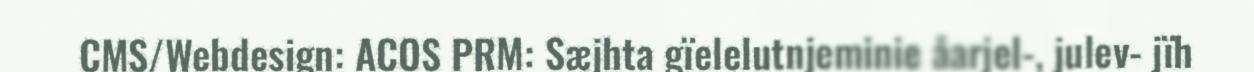
CMS/Webdesign: ACOS PRM: Sæjhta gïelelutnjeminie åarjel-, julev- jïh